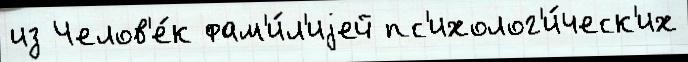
из Челов'е́к фам'и́л'иjей пс'ихолог'и́ческ'их